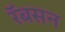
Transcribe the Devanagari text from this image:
रॅबसन